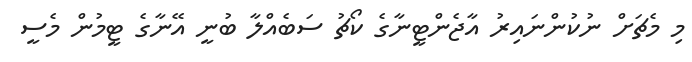
މި މެޗަށް ނުކުންނައިރު އާޖެންޓީނާގެ ކޯޗު ސަބެއްލާ ބުނީ އޭނާގެ ޓީމުން މެސީ